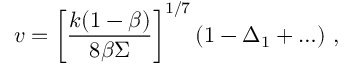
v = \left[ \frac { k ( 1 - \beta ) } { 8 \beta \Sigma } \right] ^ { 1 / 7 } \left( 1 - \Delta _ { 1 } + \ldots \right) \, ,